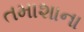
તમાશાના